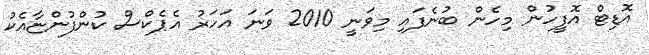
އޮޑިޓް އޮފީހުން މިހެން ބުނެފައި މިވަނީ 2010 ވަނަ އަހަރު އެޕެކްސް ކުންފުންޏާއެކު